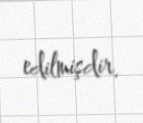
edilmişdir.